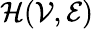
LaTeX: \mathcal{H}(\mathcal{V},\mathcal{E})